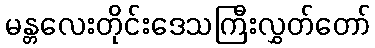
မန္တလေးတိုင်းဒေသကြီးလွှတ်တော်